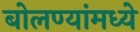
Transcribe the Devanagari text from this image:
बोलण्यांमध्ये